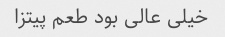
خیلی عالی بود طعم پیتزا